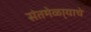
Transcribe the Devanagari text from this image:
संतमेळा्याचे